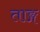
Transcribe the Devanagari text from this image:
ताङ्ग